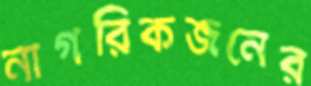
নাগরিকজনের